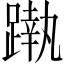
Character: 𨄴